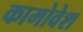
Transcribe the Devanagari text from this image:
कामोवेश